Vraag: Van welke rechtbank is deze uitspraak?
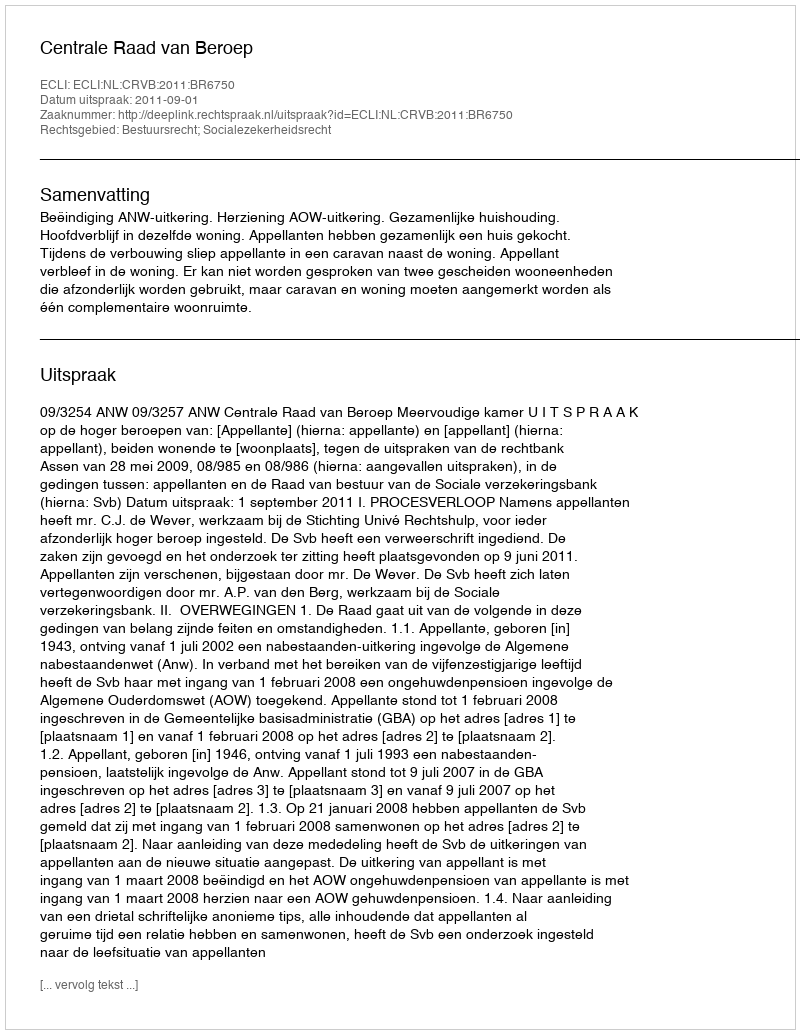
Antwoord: Centrale Raad van Beroep